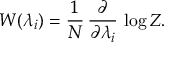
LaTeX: W ( \lambda _ { i } ) = \frac { 1 } { N } \, \frac { \partial } { \partial \lambda _ { i } } \, \log Z .